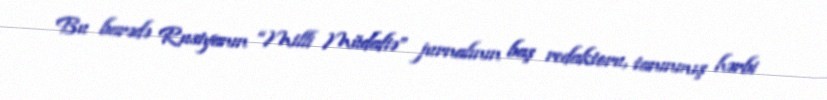
Bu barədə Rusiyanın “Milli Müdafiə” jurnalının baş redaktoru, tanınmış hərbi